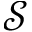
\mathcal { S }